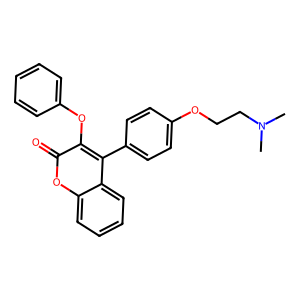
SMILES: CN(C)CCOc1ccc(-c2c(Oc3ccccc3)c(=O)oc3ccccc23)cc1
Inhibits HIV replication: No